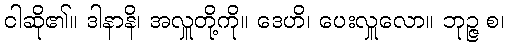
ငါဆို၏။ ဒါနာနိ၊ အလှူတို့ကို။ ဒေဟိ၊ ပေးလှူလော။ ဘုဉ္ဇ စ၊